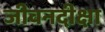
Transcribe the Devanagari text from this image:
जीवनदीक्षा